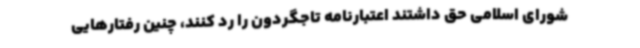
شورای اسلامی حق داشتند اعتبارنامه تاجگردون را رد کنند، چنین رفتارهایی